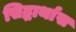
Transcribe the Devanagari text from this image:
सिद्धार्थास